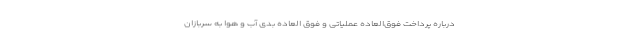
درباره پرداخت فوق‌العاده عملیاتی و فوق العاده بدی آب و هوا به سربازان